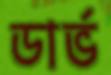
ডার্ভ